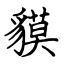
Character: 貘